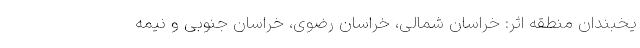
یخبندان منطقه اثر: خراسان شمالی، خراسان رضوی، خراسان جنوبی و نیمه